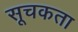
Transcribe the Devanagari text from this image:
सूचकता